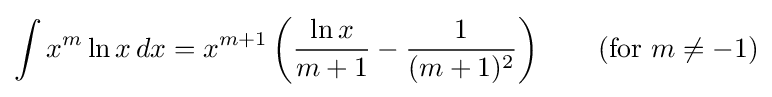
\int x^{m}\ln x\,dx=x^{m+1}\left({\frac {\ln x}{m+1}}-{\frac {1}{(m+1)^{2}}}\right)\qquad {\mbox{(for }}m\neq -1{\mbox{)}}